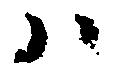
ハ